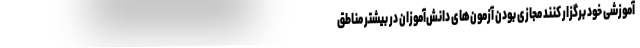
آموزشی خود برگزار کنند مجازی بودن آزمون‌های دانش‌آموزان در بیشتر مناطق